Vaccination North-Western Provinces and Oudh 1896-1901 - 1896-1901
Year: 1896
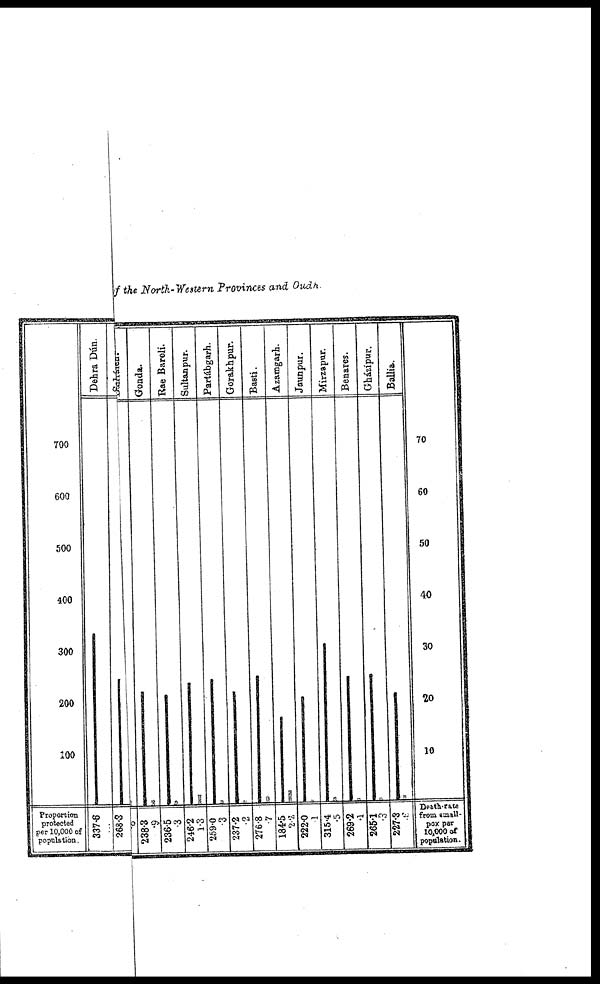
of the North-Western Provinces and Oudh.